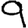
Digit: 9